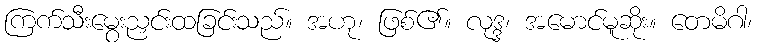
ကြက်သီးမွေးညှင်းထခြင်းသည်။ အဟု၊ ဖြစ်၏။ လုဒ္ဒ၊ အမောင်မူဆိုး။ တေမိဂါ၊